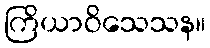
ကြိယာဝိသေသန။